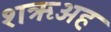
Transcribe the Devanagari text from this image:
शऋअह